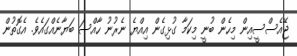
ޖޭއެސްސީއިން މިހެން ބުނީ މިކަމާ ގުޅިގެން އިއްޔެ ނެރުނު ހާއްސަ ބަޔާނެއްގައެވެ. އެގޮތުން